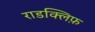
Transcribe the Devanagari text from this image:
राडक्लिफ़